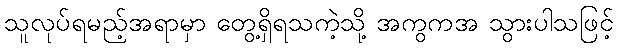
သူလုပ်ရမည့်အရာမှာ တွေ့ရှိရသကဲ့သို့ အကွကအ သွားပါသဖြင့်